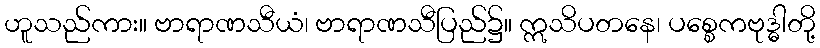
ဟူသည်ကား။ ဗာရာဏသီယံ၊ ဗာရာဏသီပြည်၌။ ဣသိပတနေ၊ ပစ္စေကဗုဒ္ဓါတို့